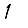
Digit: 1